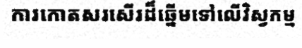
ការកោតសរសើរដ៏ឆ្នើមទៅលើវិស្វកម្ម